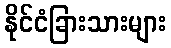
နိုင်ငံခြားသားများ